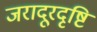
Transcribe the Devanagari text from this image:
जरादूरदृष्टि